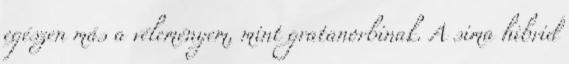
egészen más a véleményem, mint gratanorbinak. A sima hibrid